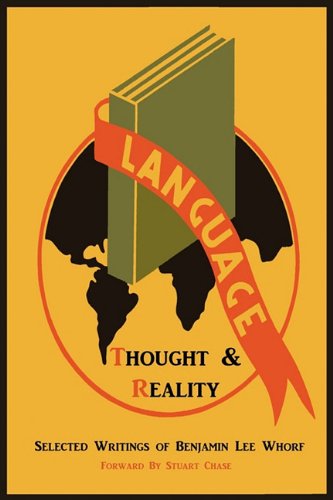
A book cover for Language, Thought, and Reality: Selected Writings of Benjamin Lee Whorf; Benjamin Lee Whorf; Reference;